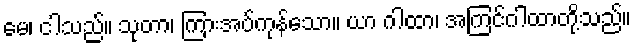
မေ၊ ငါသည်။ သုတာ၊ ကြားအပ်ကုန်သော။ ယာ ဂါထာ၊ အကြင်ဂါထာတို့သည်။